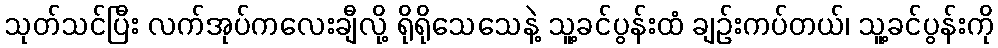
သုတ်သင်ပြီး လက်အုပ်ကလေးချီလို့ ရိုရိုသေသေနဲ့ သူ့ခင်ပွန်းထံ ချဉ်းကပ်တယ်၊ သူ့ခင်ပွန်းကို